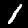
Label: 1